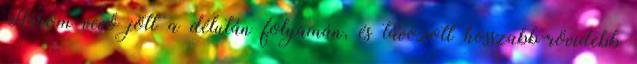
Három vevő jött a délután folyamán, és távozott hosszabb-rövidebb